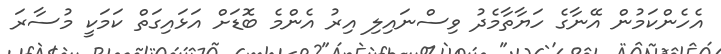
އެހެންކަމުން އޭނާގެ ހަޔާތާމެދު ވިސްނައިލި އިރު އެންމެ ބޮޑަށް އަޅައިގަތް ކަމަކީ މުސާރަ